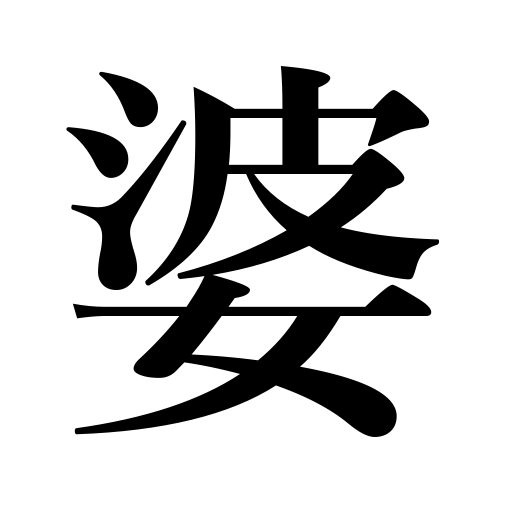
Meanings: grandmother,old woman